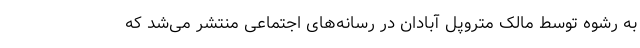
به رشوه توسط مالک متروپل آبادان در رسانه‌های اجتماعی منتشر می‌شد که